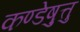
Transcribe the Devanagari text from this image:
कण्डेष़ुत्तु